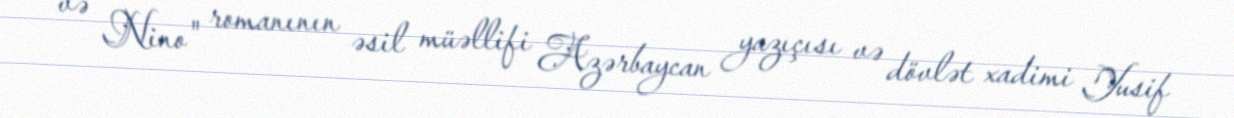
və Nino" romanının əsil müəllifi Azərbaycan yazıçısı və dövlət xadimi Yusif